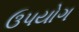
ઉ૫યોગ